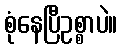
စုံနေပြီဥစ္စာပဲ။